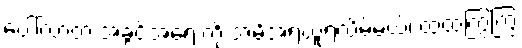
ပေါ်လာတဲ့ အခွင့်အရေးကို အမိအရယူရလိမ့်မယ်၊ ထထကြွကြွ